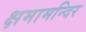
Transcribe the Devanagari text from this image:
क्षमामन्दिर